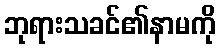
ဘုရားသခင်၏နာမကို